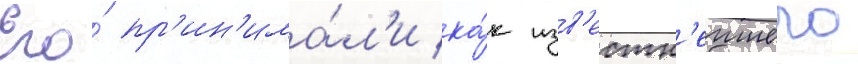
Его́ пр'ин'има́л'и ка́к изв'естн'еишего